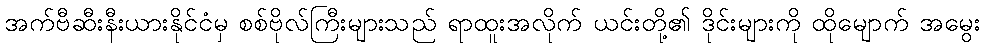
အက်ဗီဆီးနီးယားနိုင်ငံမှ စစ်ဗိုလ်ကြီးများသည် ရာထူးအလိုက် ယင်းတို့၏ ဒိုင်းများကို ထိုမျောက် အမွေး